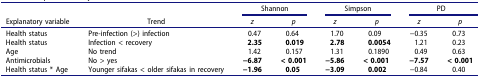
<table><thead><tr><td><b> </b></td><td><b> </b></td><td colspan="2"><b>Shannon</b></td><td colspan="2"><b>Simpson</b></td><td colspan="2"><b>PD</b></td></tr><tr><td><b>Explanatory variable</b></td><td><b>Trend</b></td><td><b><i>z</i></b></td><td><b><i>p</i></b></td><td><b><i>z</i></b></td><td><b><i>p</i></b></td><td><b><i>z</i></b></td><td><b><i>p</i></b></td></tr></thead><tbody><tr><td>Health status</td><td>Pre-infection (&gt;) infection</td><td>0.47</td><td>0.64</td><td>1.70</td><td>0.09</td><td>−0.35</td><td>0.73</td></tr><tr><td>Health status</td><td>Infection &lt; recovery</td><td><b>2.35</b></td><td><b>0.019</b></td><td><b>2.78</b></td><td><b>0.0054</b></td><td>1.21</td><td>0.23</td></tr><tr><td>Age</td><td>No trend</td><td>1.42</td><td>0.157</td><td>1.31</td><td>0.1890</td><td>0.49</td><td>0.63</td></tr><tr><td>Antimicrobials</td><td>No &gt; yes</td><td><b>−6.87</b></td><td><b>&lt; 0.001</b></td><td><b>−5.86</b></td><td><b>&lt; 0.001</b></td><td><b>−7.57</b></td><td><b>&lt; 0.001</b></td></tr><tr><td>Health status * Age</td><td>Younger sifakas &lt; older sifakas in recovery</td><td><b>−1.96</b></td><td><b>0.05</b></td><td><b>−3.09</b></td><td><b>0.002</b></td><td>−0.84</td><td>0.40</td></tr></tbody></table>